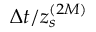
\Delta t / z _ { s } ^ { ( 2 M ) }